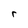
Character: r